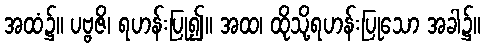
အထံ၌။ ပဗ္ဗဇိ၊ ရဟန်းပြု၍။ အထ၊ ထိုသို့ရဟန်းပြုသော အခါ၌။